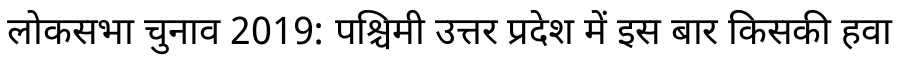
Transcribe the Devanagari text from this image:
लोकसभा चुनाव 2019: पश्चिमी उत्तर प्रदेश में इस बार किसकी हवा